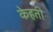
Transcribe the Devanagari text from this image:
केहती